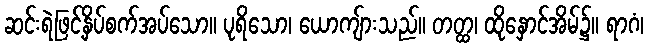
ဆင်းရဲဖြင့်နှိပ်စက်အပ်သော။ ပုရိသော၊ ယောကျ်ားသည်။ တတ္ထ၊ ထိုနှောင်အိမ်၌။ ရာဂံ၊